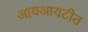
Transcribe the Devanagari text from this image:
आयआयटीत